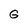
Character: G